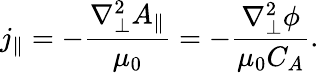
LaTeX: j_{\| }=-\frac{\nabla_{\perp}^{2}A_{\| }}{\mu_{0}}=-\frac{\nabla_{\perp}^{2}\phi}{\mu_{0}C_{A}}.